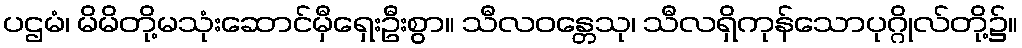
ပဌမံ၊ မိမိတို့မသုံးဆောင်မှီရှေးဦးစွာ။ သီလဝန္တေသု၊ သီလရှိကုန်သောပုဂ္ဂိုလ်တို့၌။